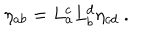
\eta _ { a b } = L _ { a } ^ { c } L _ { b } ^ { d } \eta _ { c d } ~ .